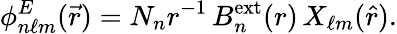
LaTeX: \phi_{n\ell m}^{E}(\vec{r})=N_{n}r^{-1}\, B_{n}^{\mathrm{ext}}(r)\, X_{\ell m}(\hat{r}).